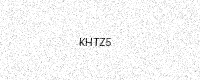
Text: KHTZ5